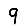
Digit: 9